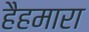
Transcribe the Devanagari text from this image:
हैहमारा